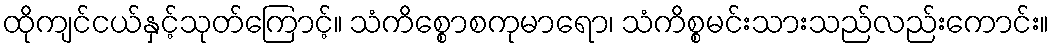
ထိုကျင်ငယ်နှင့်သုတ်ကြောင့်။ သံကိစ္စောစကုမာရော၊ သံကိစ္စမင်းသားသည်လည်းကောင်း။